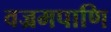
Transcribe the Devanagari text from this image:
वज्रमपाणि